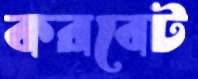
করবেট